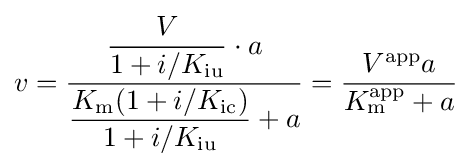
v={\dfrac {{\dfrac {V}{1+i/K_{\mathrm {iu} }}}\cdot a}{{\dfrac {K_{\mathrm {m} }(1+i/K_{\mathrm {ic} })}{1+i/K_{\mathrm {iu} }}}+a}}={\frac {V^{\mathrm {app} }a}{K_{\mathrm {m} }^{\mathrm {app} }+a}}